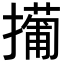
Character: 𫾎